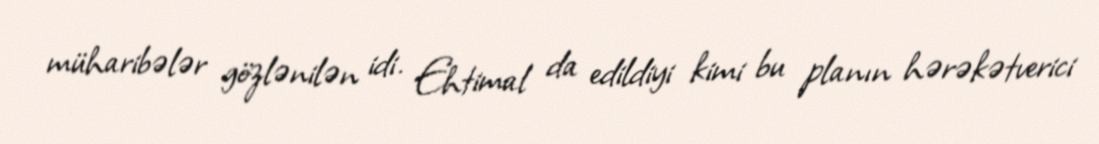
müharibələr gözlənilən idi. Ehtimal da edildiyi kimi bu planın hərəkətverici